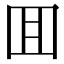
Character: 囬